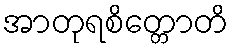
အာတုရစိတ္တောတိ